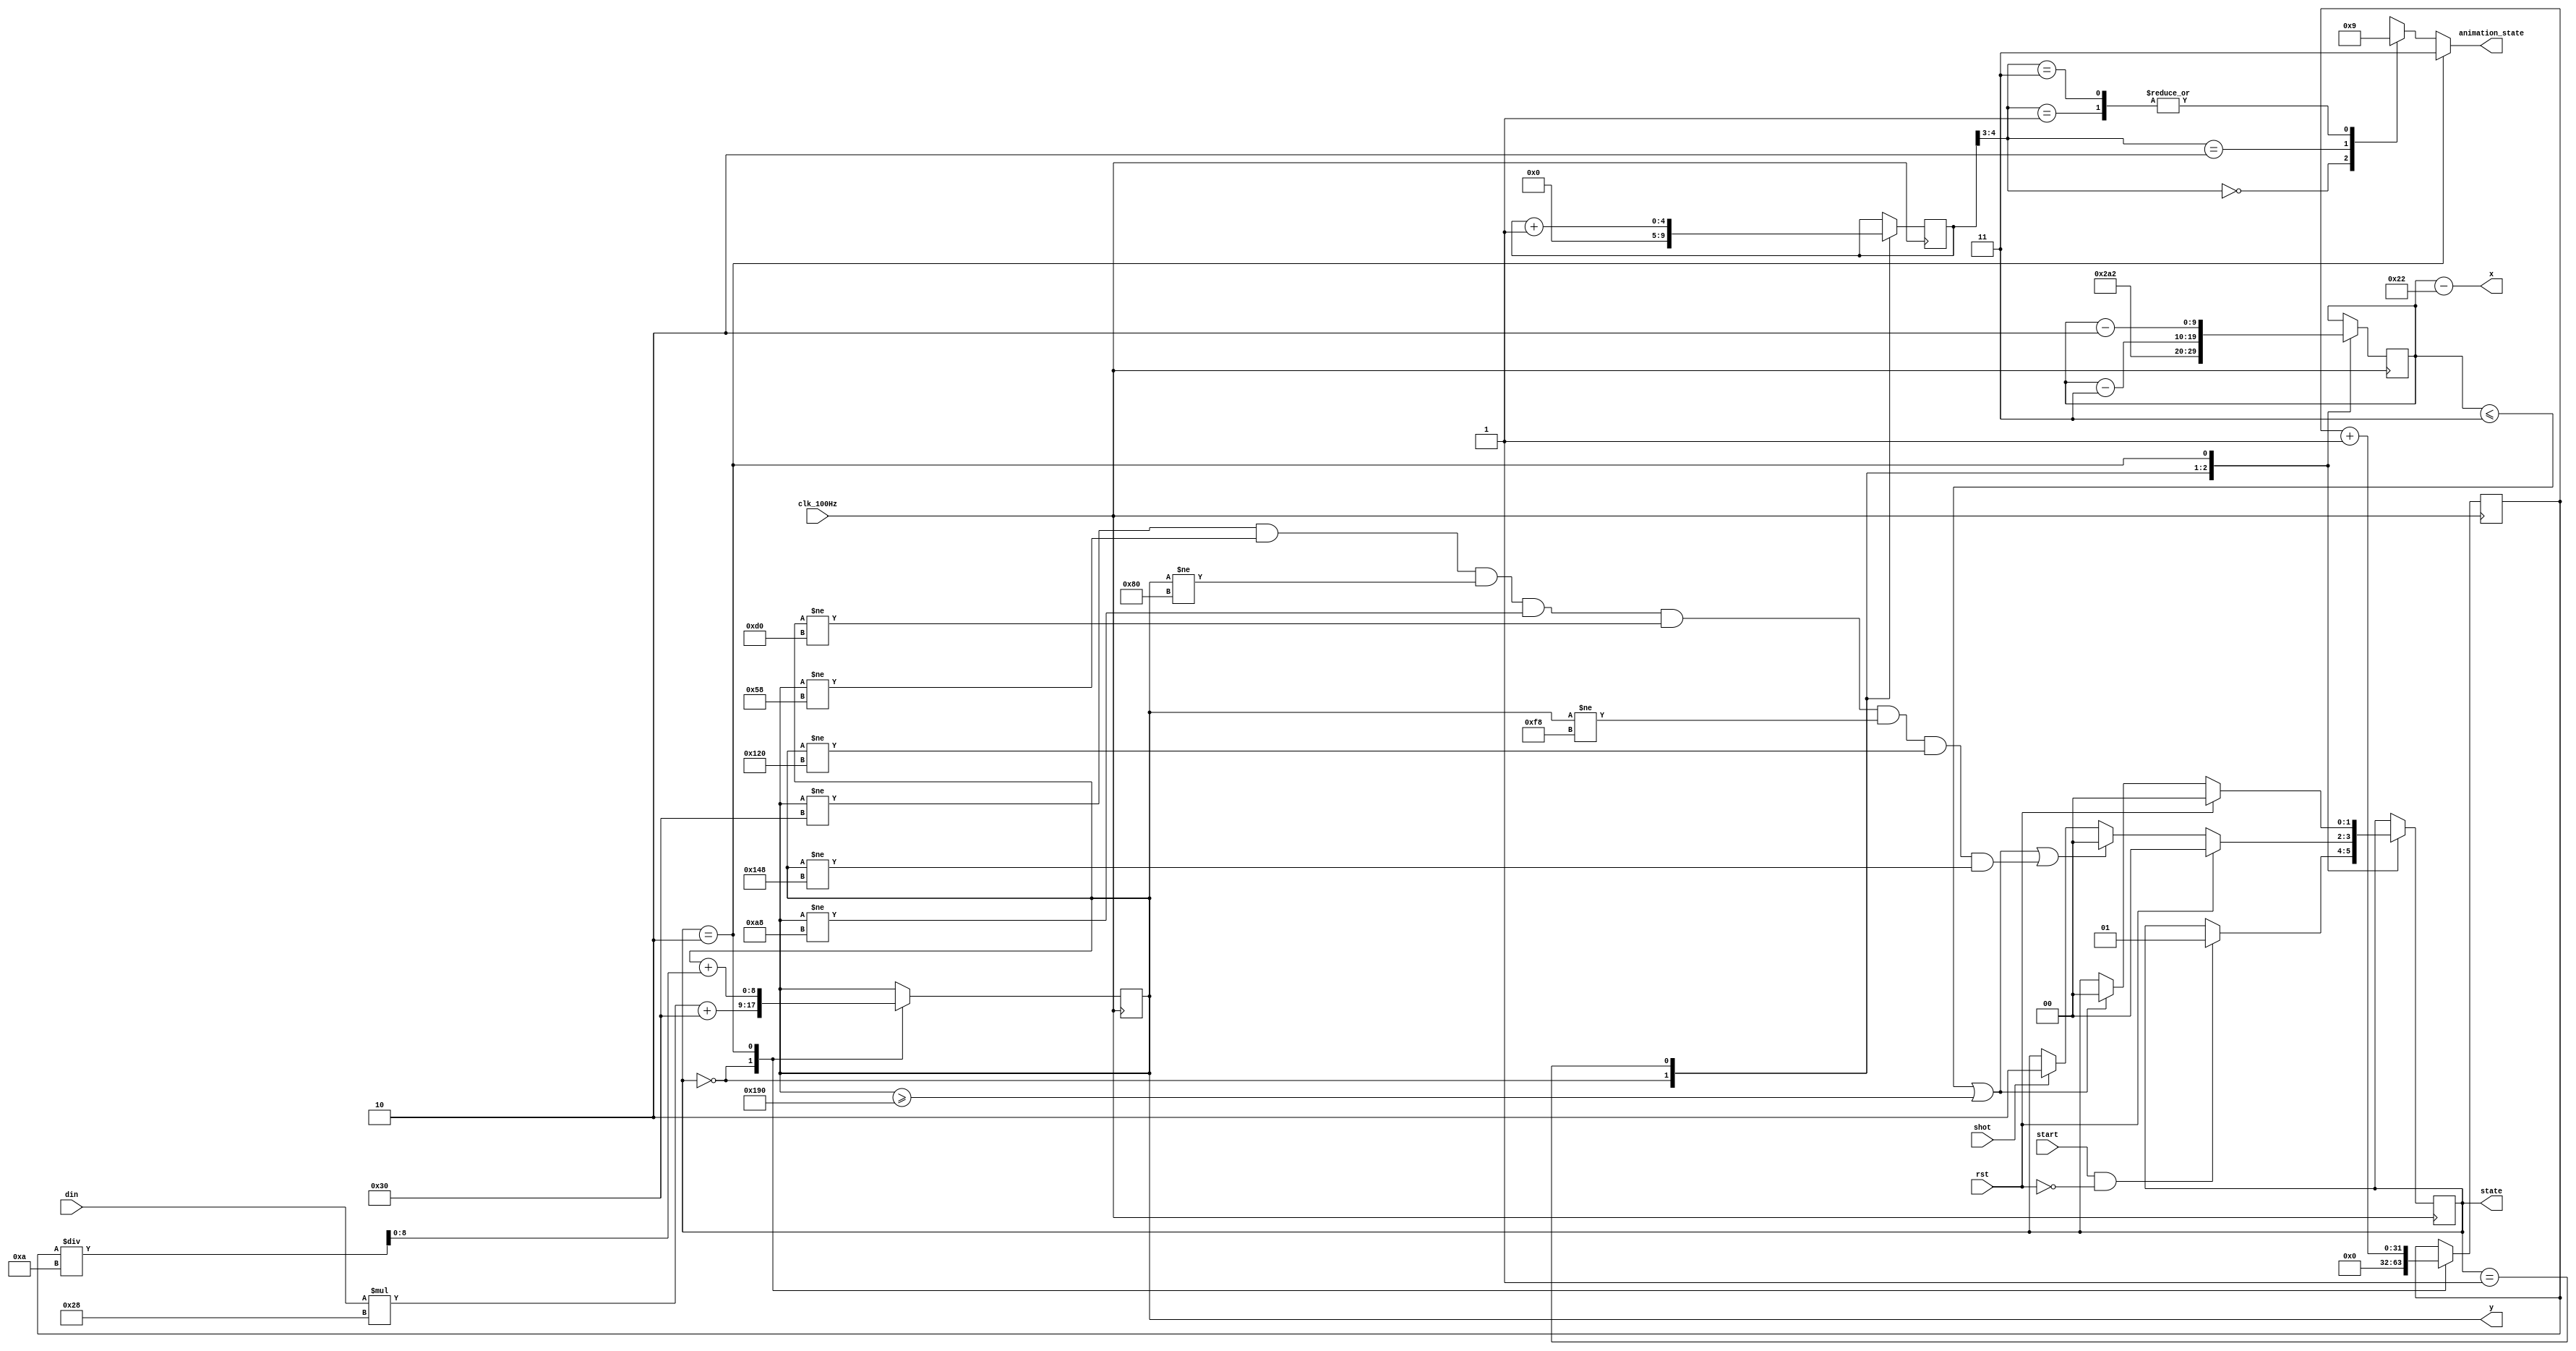
`timescale 1ns / 1ps

// The Target Module describes the FSM for targets (the red birds).
// It takes several control signals, maintains internal states and
// transitions according to the control signals.  

module target(
    input wire clk_100Hz,
    input wire rst,
    input wire start,
    input wire [2:0] din,
    input wire shot,
    output wire [9:0] x,
    output reg  [8:0] y = 0,
    output reg  [1:0] state = 0,
    output reg  [1:0] animation_state = 0
    );

    localparam
        TARGET_INITIAL = 2'd0,
        TARGET_FLYING  = 2'd1,
        TARGET_DYING   = 2'd2;

    localparam
        TARGET_ANIMATION_WING_UP   = 2'd0,
        TARGET_ANIMATION_WING_MID  = 2'd1,
        TARGET_ANIMATION_WING_DOWN = 2'd2,
        TARGET_ANIMATION_DEAD      = 2'd3;

    localparam
        TARGET_INITIAL_X_OFFSET = 10'd674;

    localparam a_10x = 1;
    localparam vx_flying = 3, vx_dying = 2;

	// There are only 8 different values for yPos of targets
	// specifically 48, 88, 128, 168, 208, 248, 288, and 328
	// The module takes an random 3-bit value as input and
	// calculates corresponding yPos as follows.
    wire [8:0] y_data = {6'd0, din} * 9'd40 + 9'd48;

    // internal states
    reg [1:0] next_state = TARGET_INITIAL;
    reg [9:0] x_offset = TARGET_INITIAL_X_OFFSET;  
    reg [4:0] animation_counter = 0;
    reg [31:0] vy_10x = 0;

    assign x = x_offset - 10'd34;

    always @ (posedge clk_100Hz) begin
        state <= next_state;
        case (state)
            TARGET_INITIAL: begin
                y <= y_data;
                x_offset <= TARGET_INITIAL_X_OFFSET;
                animation_counter <= 0;
                vy_10x <= 0;
            end
            TARGET_FLYING: begin
                animation_counter <= animation_counter + 1;
                x_offset <= x_offset - vx_flying;
            end
            TARGET_DYING: begin
                y <= y + (vy_10x / 10);
                vy_10x <= vy_10x + a_10x;
                x_offset <= x_offset - vx_dying;
            end
        endcase
    end

    always @ (*) begin
        if (state == TARGET_DYING)
            animation_state = TARGET_ANIMATION_DEAD;
        else begin
            case (animation_counter[4:3])
                2'd0: animation_state = TARGET_ANIMATION_WING_UP;
                2'd1: animation_state = TARGET_ANIMATION_WING_MID;
                2'd2: animation_state = TARGET_ANIMATION_WING_DOWN;
                2'd3: animation_state = TARGET_ANIMATION_WING_MID;
            endcase
        end
    end

    always @ (*) begin
        next_state = state;
        case (state)
            TARGET_INITIAL: begin
                if (start & ~rst)
                    next_state = TARGET_FLYING;
            end
            TARGET_FLYING: begin
                if (rst)
                    next_state = TARGET_INITIAL;
                else if (x_offset <= 3 || y >= 400 || (y != 48 && y != 88 && y != 128 && y != 168 && y != 208 && y != 248 && y != 288 && y != 328))
                    next_state = TARGET_INITIAL;
                else if (shot)
                    next_state = TARGET_DYING;
            end
            TARGET_DYING: begin
                if (rst)
                    next_state = TARGET_INITIAL;
                else if (x_offset <= 3 || y >= 400)
                    next_state = TARGET_INITIAL;
            end
        endcase
    end

endmodule